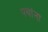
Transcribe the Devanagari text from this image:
पथांना